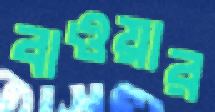
বাওয়ার